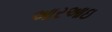
આરઆઇ